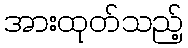
အားထုတ်သည့်